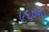
૯૬૦ના